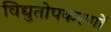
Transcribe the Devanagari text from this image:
विद्युतोपकरणों